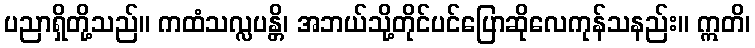
ပညာရှိတို့သည်။ ကထံသလ္လပန္တိ၊ အဘယ်သို့တိုင်ပင်ပြောဆိုလေကုန်သနည်း။ ဣတိ၊